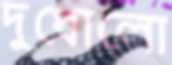
দুধোলো